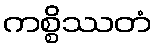
ကစ္စိဿတံ